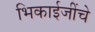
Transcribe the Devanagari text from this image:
भिकाईजींचे